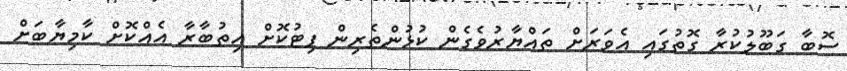
ސޮބާ ގަބޫލުކުރާ ގޮތުގައި އެވަރަށް ތައްޔާރުވެގެން ކުޅުންތެރިން ފިޓުކޮށް އިތުބާރާ އެއްކޮށް ކާމިޔާބަށް